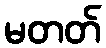
မတတ်